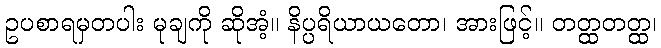
ဥပစာရမှတပါး မုချကို ဆိုအံ့။ နိပ္ပရိယာယတော၊ အားဖြင့်။ တတ္ထတတ္ထ၊